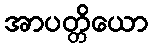
အာပတ္တိယော